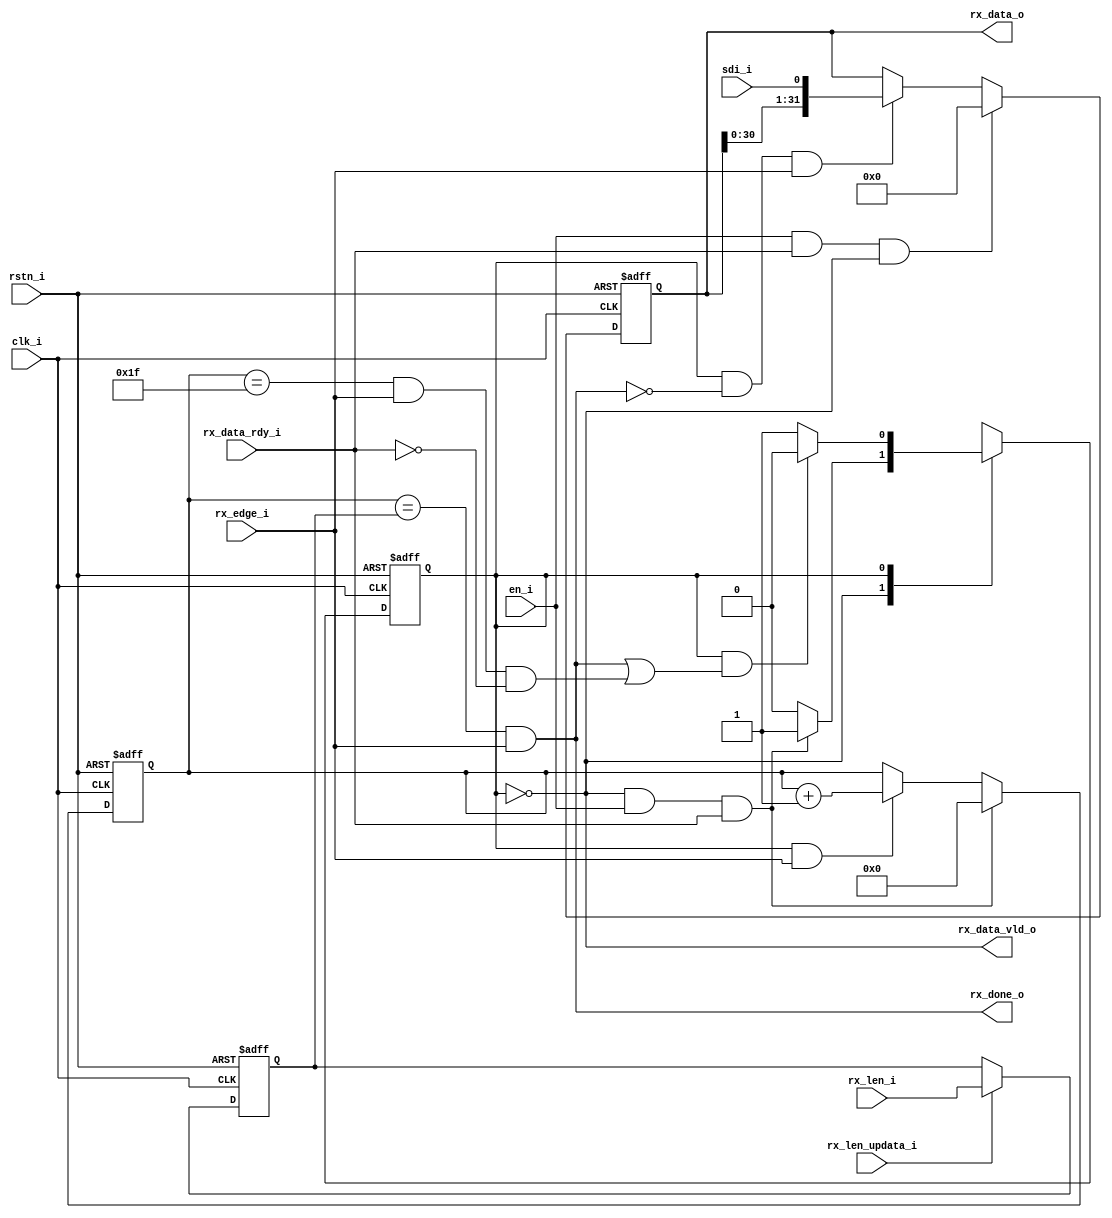
module spi_rx (
    input   wire                clk_i           ,
    input   wire                rstn_i          ,
    input   wire                en_i            ,
    input   wire                rx_edge_i       ,
    input   wire                sdi_i           ,
    output  wire                rx_done_o       ,
    input   wire [15:0]         rx_len_i        ,
    input   wire                rx_len_updata_i ,
    output  wire [31:0]         rx_data_o       ,
    output  wire                rx_data_vld_o   ,
    input   wire                rx_data_rdy_i   
);
    //IDLETRANSMIT
    localparam  IDLE     = 0;
    localparam  RECIEVE  = 1;

    reg [15:0]  bit_cnt_trgt;
    reg [15:0]  bit_cnt; 
    wire        word_done;
    wire        idle2recieve;
    wire        recieve2idle;
    reg         rx_cs;
    reg         rx_ns;
    reg [31:0]  rx_data;

    //bit
    always @(posedge clk_i or negedge rstn_i) begin
        if(!rstn_i) begin
            bit_cnt_trgt <= 'd0;
        end else if(rx_len_updata_i) begin
            bit_cnt_trgt <= rx_len_i;
        end
    end
    always @(posedge clk_i or negedge rstn_i) begin
        if(!rstn_i) begin
            bit_cnt <= 'd0;
        end else if(idle2recieve) begin//
            bit_cnt <= 'd0;
        end else if( (rx_cs == RECIEVE) && rx_edge_i) begin //recievebit_cnt
            bit_cnt <= bit_cnt + 1;
        end
    end

    assign rx_done_o = (bit_cnt == bit_cnt_trgt) && rx_edge_i;//bit_cnt
    assign word_done = (bit_cnt ==  5'b11111   ) && rx_edge_i;//bit_cnt32bit
    //*************************************************//
    //
    assign idle2recieve = (rx_cs == IDLE)    && en_i && rx_data_rdy_i;//IDLEspi
    assign recieve2idle = (rx_cs == RECIEVE) &&//RECIEVEspi
    ((rx_done_o) || (word_done && ~rx_data_rdy_i));

    //1.
    always @(posedge clk_i or negedge rstn_i) begin
        if(!rstn_i) begin
            rx_cs <= IDLE;
        end else begin
            rx_cs <= rx_ns;
        end
    end
    //2.
    always @(*) begin
        case(rx_cs)
            IDLE   : rx_ns = idle2recieve ? RECIEVE : rx_cs;
            RECIEVE: rx_ns = recieve2idle ? IDLE    : rx_cs;
        endcase
    end
    //3.
    assign rx_data_vld_o = rx_cs == IDLE;//IDLE
    assign rx_data_o     = rx_data;
    
    //// 
    always @(posedge clk_i or negedge rstn_i) begin
        if(!rstn_i) begin
            rx_data <= 'd0;
        end else if (en_i && rx_data_rdy_i && rx_data_vld_o) begin//
            rx_data <= 'd0;
        end else if ((rx_cs == RECIEVE) && ~rx_done_o && rx_edge_i) begin
            rx_data <= {rx_data[30:0], sdi_i};//
        end
    end

endmodule